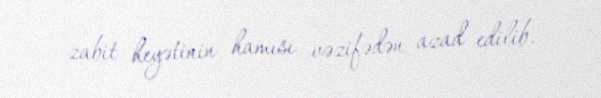
zabit heyətinin hamısı vəzifədən azad edilib.